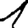
Digit: 1